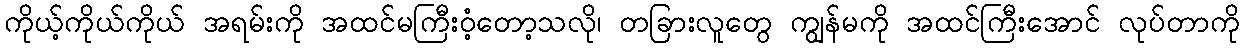
ကိုယ့်ကိုယ်ကိုယ် အရမ်းကို အထင်မကြီးဝံ့တော့သလို၊ တခြားလူတွေ ကျွန်မကို အထင်ကြီးအောင် လုပ်တာကို